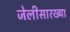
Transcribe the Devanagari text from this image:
जेलीसारख्या